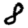
Digit: 8